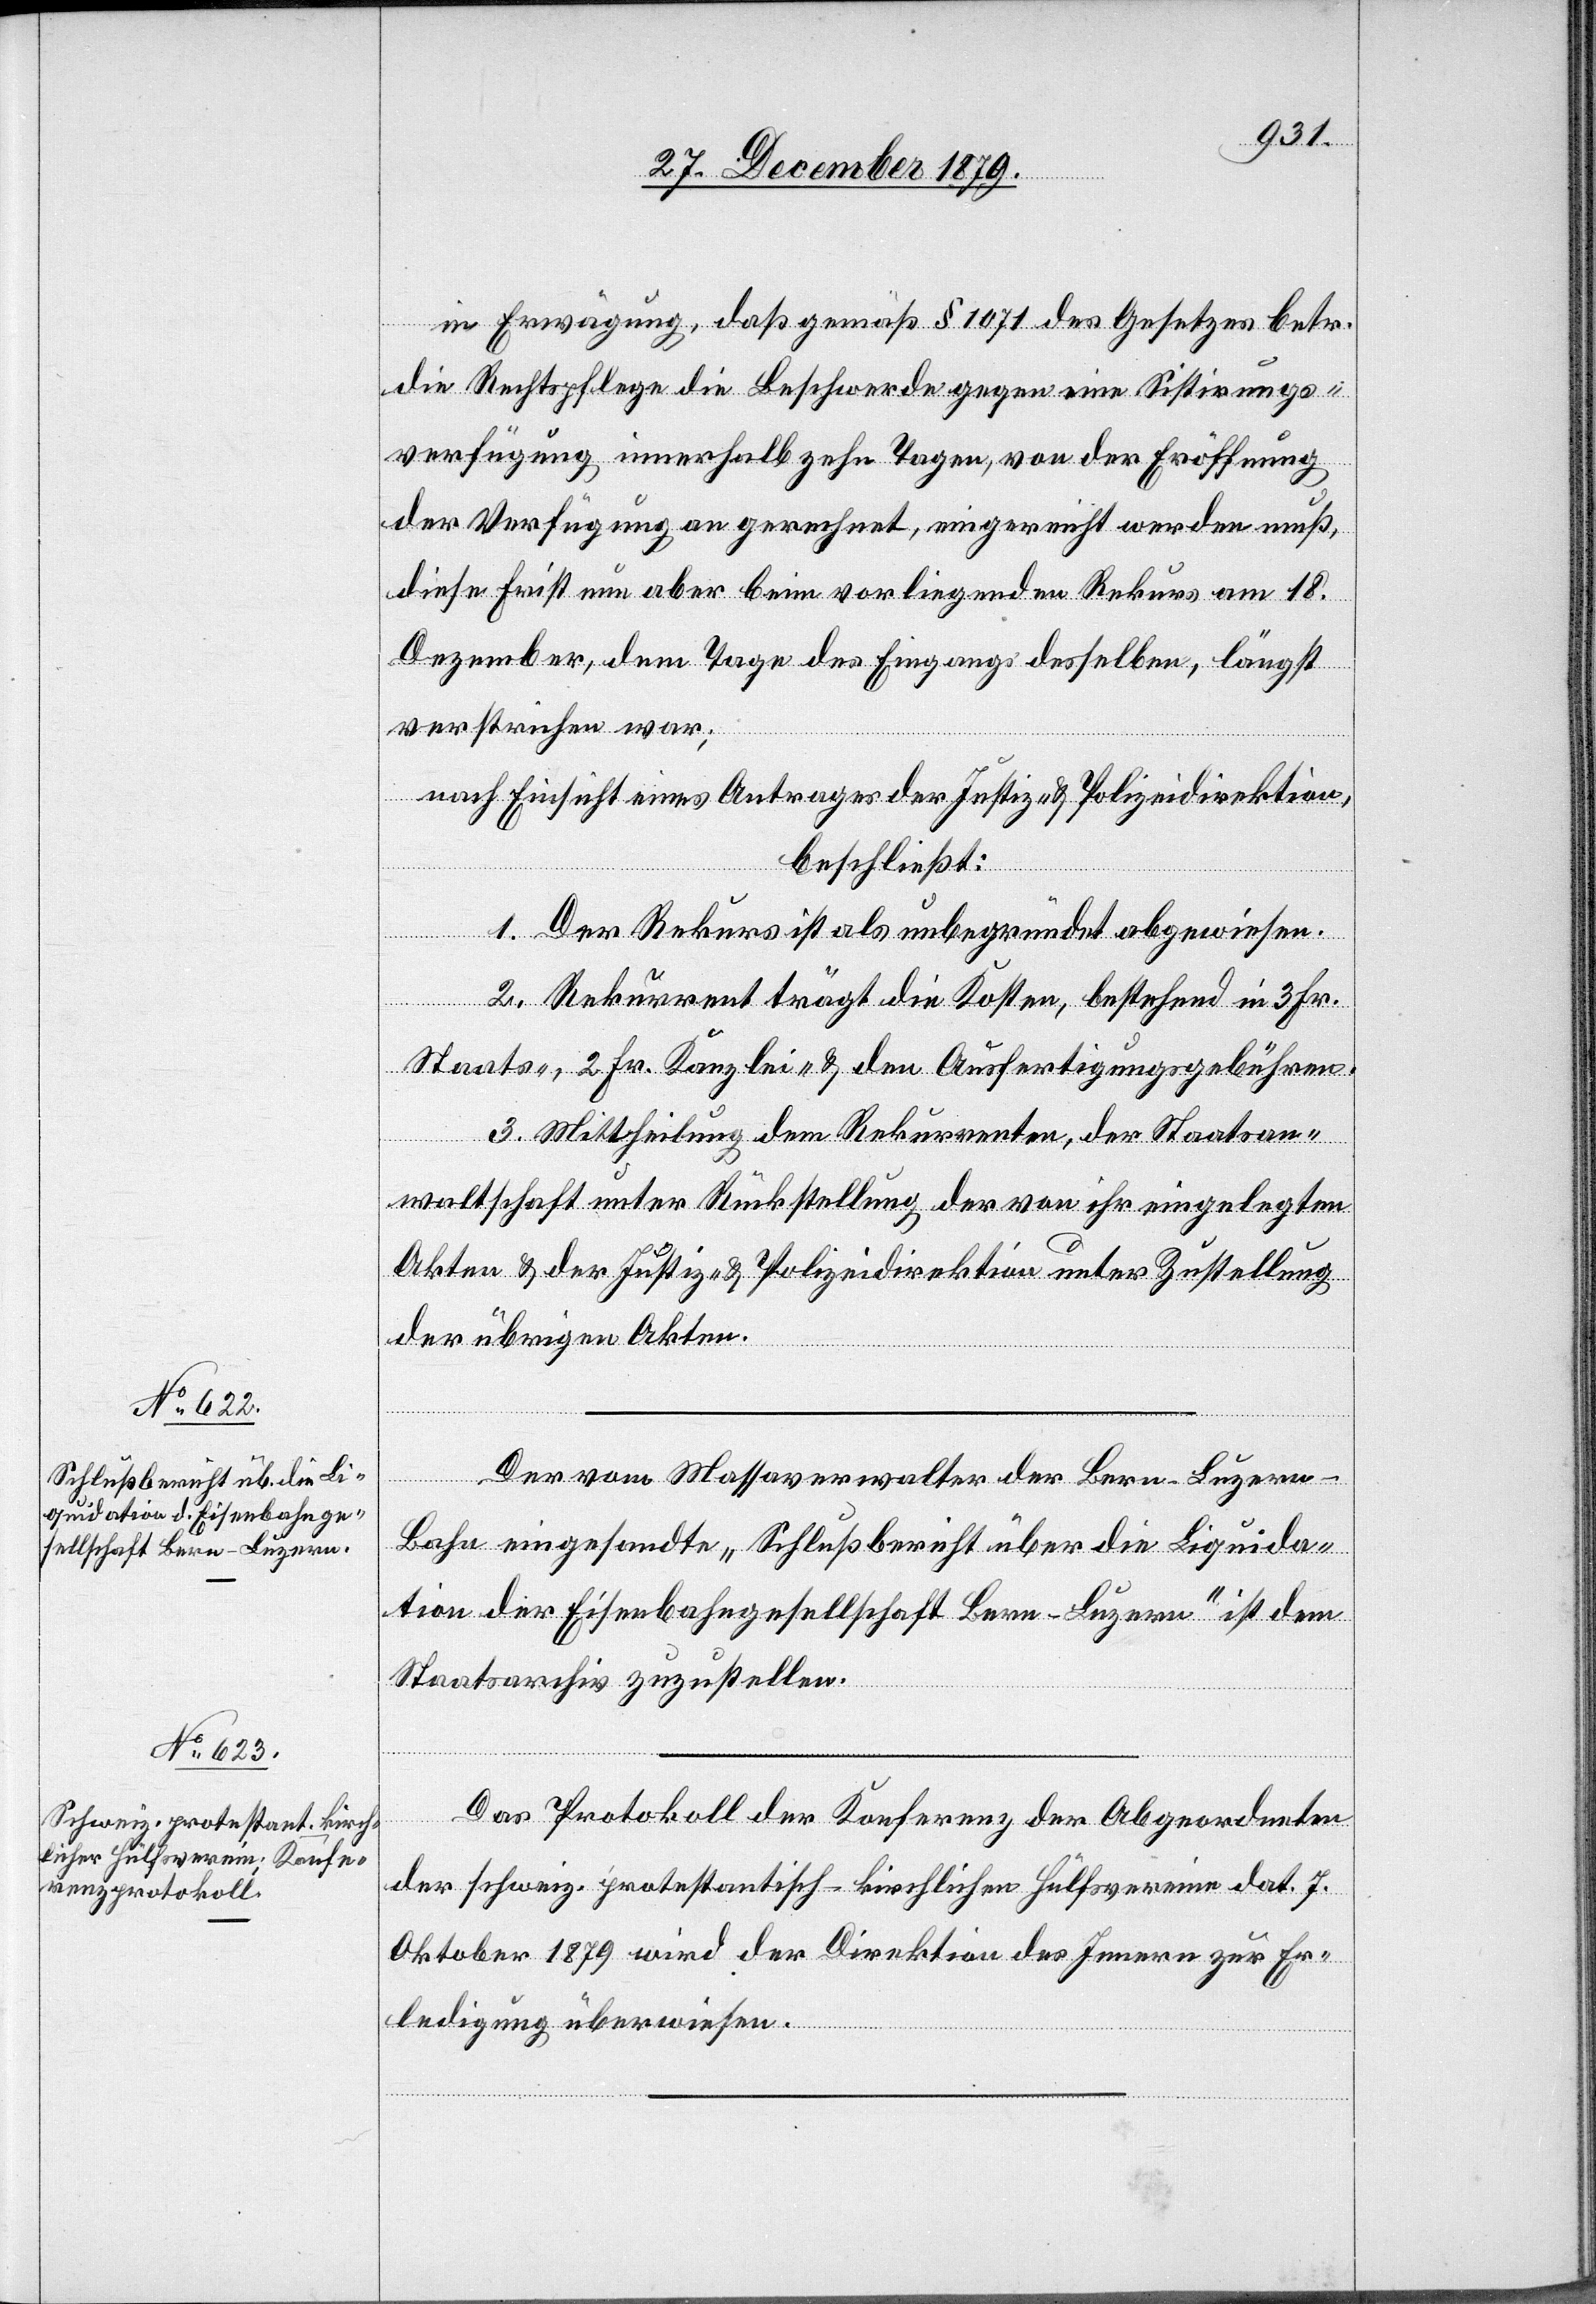
in Erwägung, daß gemäß § 1071 des Gesetzes betr.
die Rechtspflege die Beschwerde gegen eine Sistirungs¬
verfügung innerhalb zehn Tagen, von der Eröffnung
der Verfügung an gerechnet, eingereicht werden muß,
diese Frist nun aber beim vorliegenden Rekurs am 18.
Dezember dem Tage des Eingangs desselben, längst
verstrichen war;
nach Einsicht eines Antrages der Justiz- & Polizeidirektion,
beschließt:
1. Der Rekurs ist als unbegründet abgewiesen.
2. Rekurrent trägt die Kosten, bestehend in 3 Fr.
Staats-, 2 Fr. Kanzlei- & den Ausfertigungsgebühren.
3. Mittheilung dem Rekurrenten, der Staatsan¬
waltschaft unter Rückstellung der von ihr eingelegten
Akten & der Justiz- & Polizeidirektion unter Zustellung
der übrigen Akten.
Der von Massaverwalter der Bern–Luzern-B¬
ahn eingesandte „Schlußbericht über die Liquida¬
tion der Eisenbahngesellschaft Bern–Luzern“ ist dem
Staatsarchiv zuzustellen.
Das Protokoll der Konferenz der Abgeordneten
der schweiz. protestantisch-kirchlichen Hülfsvereine dat. 7.
Oktober 1879 wird der Direktion des Innern zur Er¬
ledigung überwiesen.